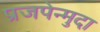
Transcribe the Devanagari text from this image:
प्रजपेन्मुदा